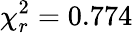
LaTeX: \chi_{r}^{2}=0.774